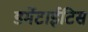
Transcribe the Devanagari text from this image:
डर्मेटाईटिस